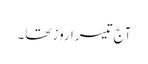
آج تیسرا روز تھا۔